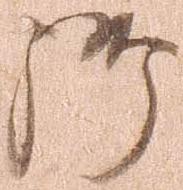
御